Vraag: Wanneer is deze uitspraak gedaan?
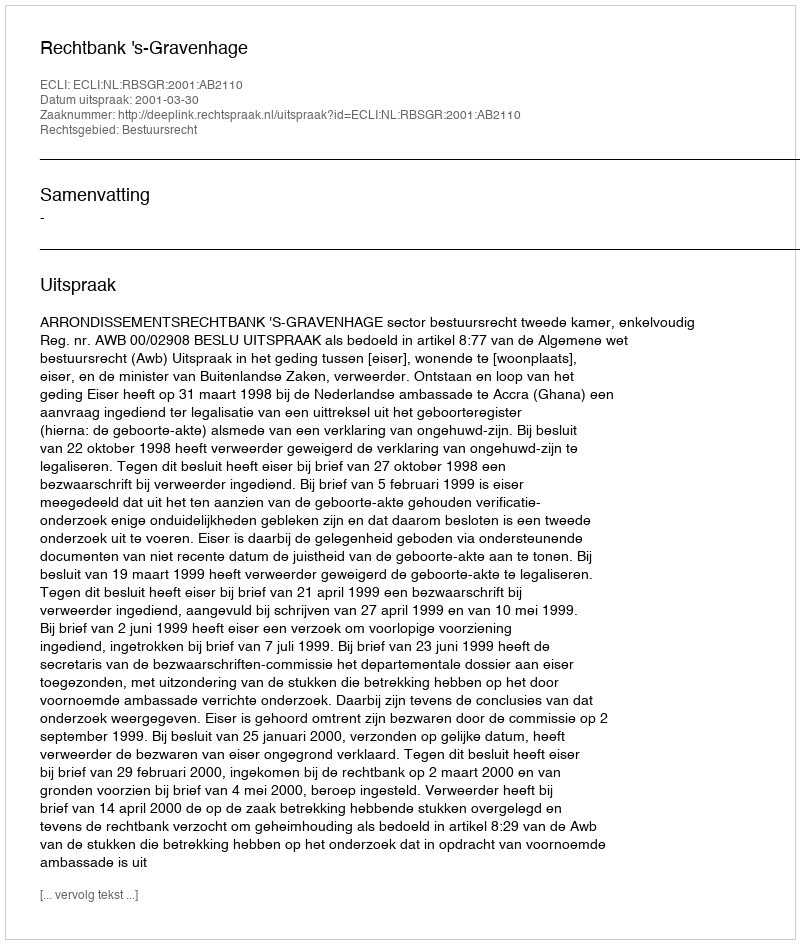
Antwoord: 2001-03-30